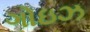
ગોઇઝ